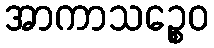
အာကာသဉ္စေဝ